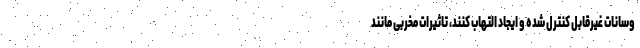
وسانات غیرقابل کنترل شده و ایجاد التهاب کنند، تاثیرات مخربی مانند